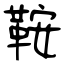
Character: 鞍